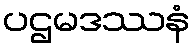
ပဌမဒဿနံ